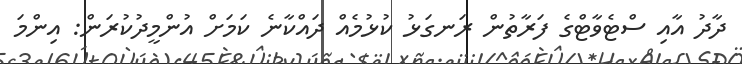
ދާދު އާއި ސްޓެވާޓްގެ ފަރާތުން ރަނގަޅު ކުޅުމެއް ދައްކާނެ ކަމަށް އުންމީދުކުރަން: އިންމަ